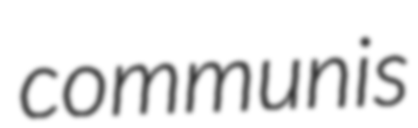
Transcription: communis